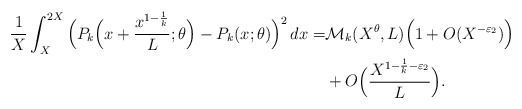
\begin{align*} \frac1X \int_X^{2X} \Big(P_k \Big(x+\frac{x^{1-\frac1k}}{L};\theta \Big)-P_k(x;\theta)\Big)^2 \, dx=&\mathcal M_k(X^{\theta},L)\Big(1+O(X^{-\varepsilon_2}) \Big)\\&+O\Big( \frac{X^{1-\frac1k-\varepsilon_2}}{L}\Big).\end{align*}